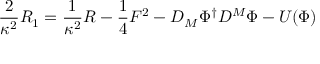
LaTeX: \frac { 2 } { \kappa ^ { 2 } } R _ { 1 } = \frac { 1 } { \kappa ^ { 2 } } R - \frac { 1 } { 4 } F ^ { 2 } - D _ { M } \Phi ^ { \dagger } D ^ { M } \Phi - U ( \Phi )